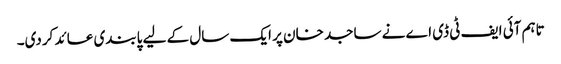
تاہم آئی ایف ٹی ڈی اے نے ساجد خان پر ایک سال کے لیے پابندی عائد کردی۔